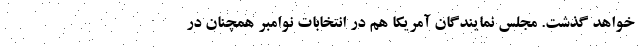
خواهد گذشت. مجلس نمایندگان آمریکا هم در انتخابات نوامبر همچنان در